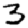
Digit: 3